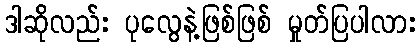
ဒါဆိုလည်း ပုလွေနဲ့ဖြစ်ဖြစ် မှုတ်ပြပါလား